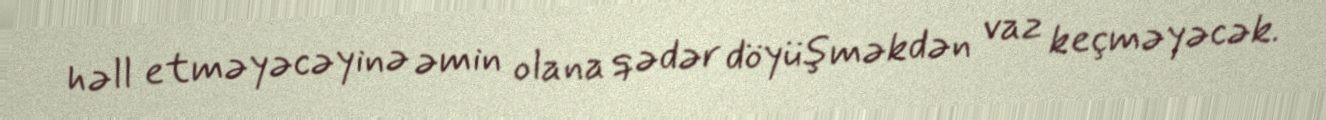
həll etməyəcəyinə əmin olana qədər döyüşməkdən vaz keçməyəcək.